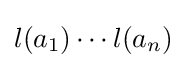
l(a_{1})\cdots l(a_{n})